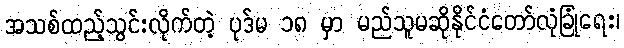
အသစ်ထည့်သွင်းလိုက်တဲ့ ပုဒ်မ ၁၈ မှာ မည်သူမဆိုနိုင်ငံတော်လုံခြုံရေး၊